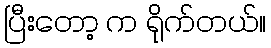
ပြီးတော့ က ရိုက်တယ်။